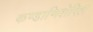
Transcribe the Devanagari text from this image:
कण्डाणिशेरिल